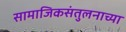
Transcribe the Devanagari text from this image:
सामाजिकसंतुलनाच्या